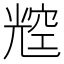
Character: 䆪